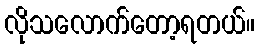
လိုသလောက်တော့ရတယ်။